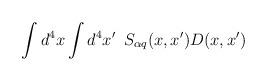
LaTeX: \begin{align*}\int d^4x\int d^4x^{\prime }\,\,\,S_{\alpha q}(x,x^{\prime })D(x,x^{\prime })\end{align*}